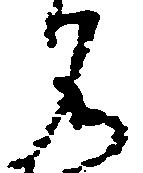
名